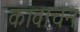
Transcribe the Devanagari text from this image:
कावाचन